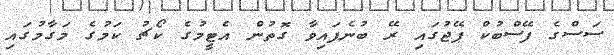
ސަސްގެ ފޭސްބުކް ޕޭޖުގައި ރޭ ބުނެފައިވާ ގޮތުން އެޓީމުގެ ކޯޗު ކަމުގެ މަގާމުގައި